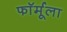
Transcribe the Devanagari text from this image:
फाॅर्मूला